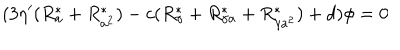
( 3 \eta ^ { \prime } ( R _ { a } ^ { \ast } + R _ { a ^ { 2 } } ^ { \ast } ) - c ( R _ { \gamma } ^ { \ast } + R _ { \gamma a } ^ { \ast } + R _ { \gamma a ^ { 2 } } ^ { \ast } ) + d ) \phi = 0